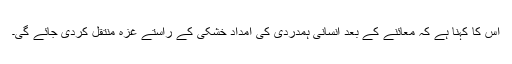
اس کا کہنا ہے کہ معائنے کے بعد انسانی ہمدردی کی امداد خشکی کے راستے غزہ منتقل کردی جائے گی۔